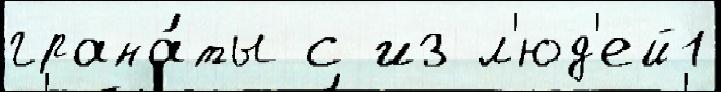
грана́ты с из л'юд'ей1